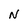
Character: N